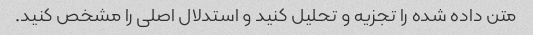
متن داده شده را تجزیه و تحلیل کنید و استدلال اصلی را مشخص کنید.